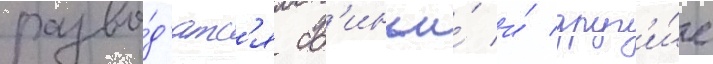
разво́д'ятс'я св'иньи́ и́ друг'и́е